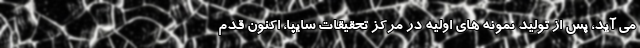
می آید، پس از تولید نمونه های اولیه در مرکز تحقیقات سایپا، اکنون قدم